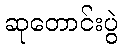
ဆုတောင်းပွဲ